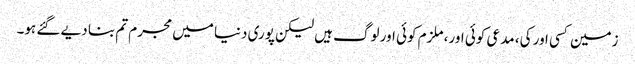
زمین کسی اور کی، مدعی کوئی اور، ملزم کوئی اور لوگ ہیں لیکن پوری دنیا میں مجرم تم بنا دیے گئے ہو۔